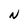
Character: N